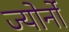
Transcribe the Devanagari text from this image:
ज्योर्नो